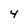
Character: 4